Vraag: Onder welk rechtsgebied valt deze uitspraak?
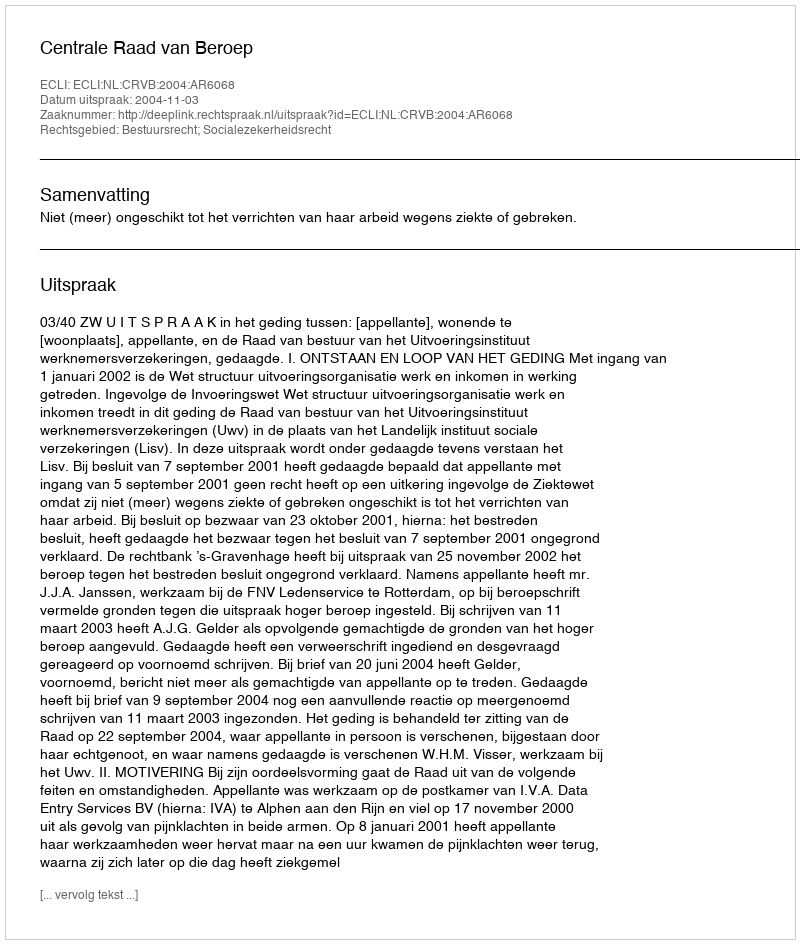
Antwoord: Bestuursrecht; Socialezekerheidsrecht